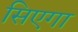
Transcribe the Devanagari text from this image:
सिएगा